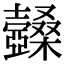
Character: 𣡆